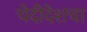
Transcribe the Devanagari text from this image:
चेदीदेशचा